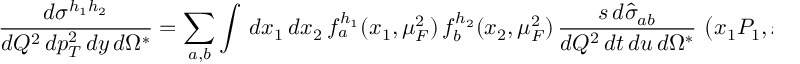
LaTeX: \frac { d \sigma ^ { h _ { 1 } h _ { 2 } } } { d Q ^ { 2 } \, d p _ { T } ^ { 2 } \, d y \, d \Omega ^ { \ast } } = \sum _ { a , b } \int \, d x _ { 1 } \, d x _ { 2 } \, f _ { a } ^ { h _ { 1 } } ( x _ { 1 } , \mu _ { F } ^ { 2 } ) \, f _ { b } ^ { h _ { 2 } } ( x _ { 2 } , \mu _ { F } ^ { 2 } ) \, \frac { { s } \, d { \hat { \sigma } } _ { a b } } { d Q ^ { 2 } \, d { t } \, d { u } \, d \Omega ^ { \ast } } \, \left( x _ { 1 } P _ { 1 } , x _ { 2 } P _ { 2 } , \alpha _ { s } ( \mu _ { R } ^ { 2 } ) \right) ,